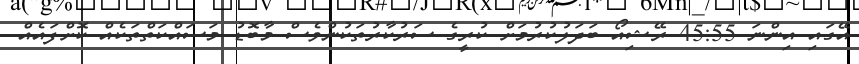
އޭގައި އިންނަ 45:55 ރޭޝިއޯ ބަދަލުކުރުމަށް ކުރީގެ ސަރުކާރުތަކުންވެސް މާބޮޑު މަސައްކަތްތަކެއް ކޮށްފައެއް